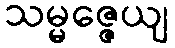
သမ္မဇ္ဇေယျ